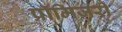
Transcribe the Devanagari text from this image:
प्रॉमिजरी